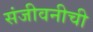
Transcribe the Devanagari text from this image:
संजीवनीची